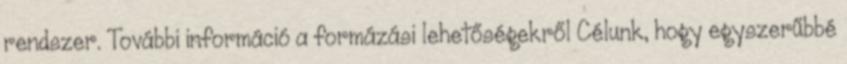
rendszer. További információ a formázási lehetőségekről Célunk, hogy egyszerűbbé